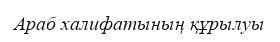
Араб халифатының құрылуы